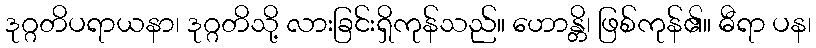
ဒုဂ္ဂတိပရာယနာ၊ ဒုဂ္ဂတိသို့ လားခြင်းရှိကုန်သည်။ ဟောန္တိ၊ ဖြစ်ကုန်၏။ ဓီရာ ပန၊